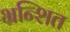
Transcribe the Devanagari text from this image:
भ्रन्शित